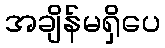
အချိန်မရှိပေ